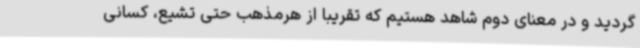
گردید و در معنای دوم شاهد هستیم که تقریبا از هرمذهب حتی تشیع، کسانی